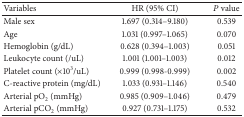
<table><thead><tr><td><b>Variables</b></td><td><b>HR (95% CI)</b></td><td><b><i>P</i> value</b></td></tr></thead><tbody><tr><td>Male sex</td><td>1.697 (0.314–9.180)</td><td>0.539</td></tr><tr><td>Age </td><td>1.031 (0.997–1.065)</td><td>0.070</td></tr><tr><td>Hemoglobin (g/dL)</td><td>0.628 (0.394–1.003)</td><td>0.051</td></tr><tr><td>Leukocyte count (/uL)</td><td>1.001 (1.001–1.003)</td><td>0.012</td></tr><tr><td>Platelet count (×10<sup>3</sup>/uL)</td><td>0.999 (0.998-0.999)</td><td>0.002</td></tr><tr><td>C-reactive protein (mg/dL)</td><td>1.033 (0.931–1.146)</td><td>0.540</td></tr><tr><td>Arterial pO<sub>2</sub> (mmHg)</td><td>0.985 (0.909–1.046)</td><td>0.479</td></tr><tr><td>Arterial pCO<sub>2</sub> (mmHg)</td><td>0.927 (0.731–1.175)</td><td>0.532</td></tr></tbody></table>